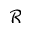
\mathcal { R }